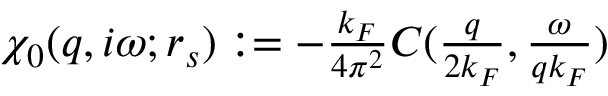
\begin{array} { r } { \chi _ { 0 } ( q , i \omega ; r _ { s } ) : = - \frac { k _ { F } } { 4 \pi ^ { 2 } } C ( \frac { q } { 2 k _ { F } } , \frac { \omega } { q k _ { F } } ) } \end{array}